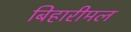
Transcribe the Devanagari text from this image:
बिहारीमल